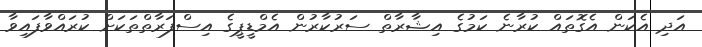
އަދި އެކަން އެގޮތައް ކުރާނެ ކަމުގެ އިޝާރާތް ސަރުކާރުން އެމްޑީޕީގެ އިސްފަރާތްތަކަށް ކުރައްވާފައިވާ